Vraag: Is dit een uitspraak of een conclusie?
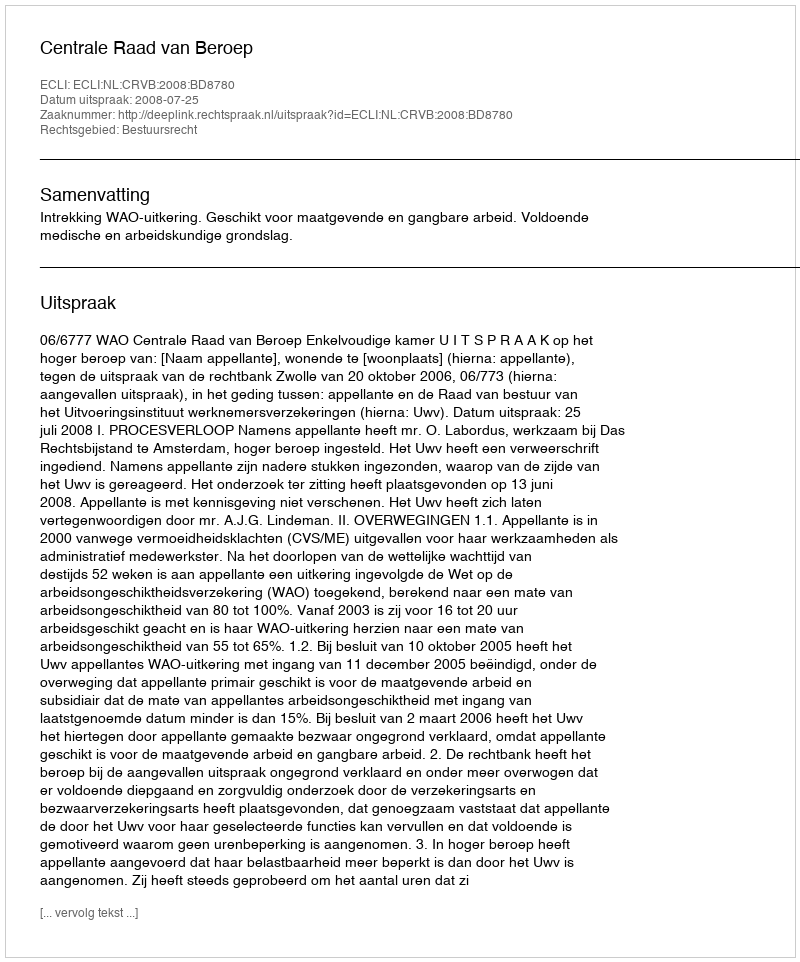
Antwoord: Uitspraak